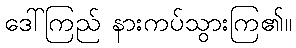
ဒေါ်ကြည် နားကပ်သွားကြ၏။